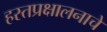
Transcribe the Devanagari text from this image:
हस्तप्रक्षालनाचे